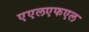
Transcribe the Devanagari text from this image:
एएलएफएल